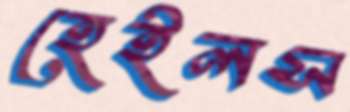
হেইলস